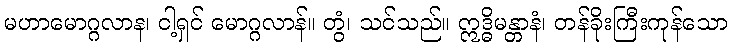
မဟာမောဂ္ဂလာန၊ ငါ့ရှင် မောဂ္ဂလာန်။ တွံ၊ သင်သည်။ ဣဒ္ဓိမန္တာနံ၊ တန်ခိုးကြီးကုန်သော